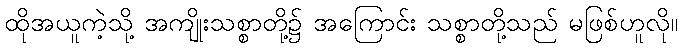
ထိုအယူကဲ့သို့ အကျိုးသစ္စာတို့၌ အကြောင်း သစ္စာတို့သည် မဖြစ်ဟူလို။